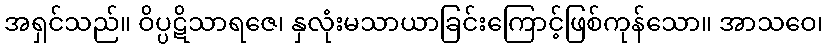
အရှင်သည်။ ဝိပ္ပဋိသာရဇေ၊ နှလုံးမသာယာခြင်းကြောင့်ဖြစ်ကုန်သော။ အာသဝေ၊